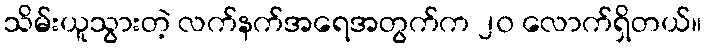
သိမ်းယူသွားတဲ့ လက်နက်အရေအတွက်က ၂၀ လောက်ရှိတယ်။